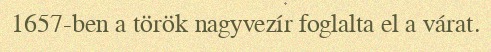
1657-ben a török nagyvezír foglalta el a várat.